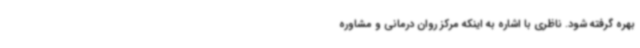
بهره گرفته شود. ناظری با اشاره به اینکه مرکز روان درمانی و مشاوره